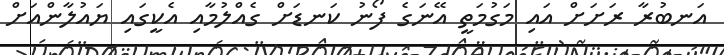
އަނބުރާ ރަށަށް އައި މަގުމަތީ އޭނަގެ ފޯނު ކަނޑަށް ގެއްލުމާއި އެކީގައި ޔައުލާންއަށް